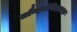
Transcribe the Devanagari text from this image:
सौन्दर्यविशायक